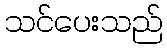
သင်ပေးသည်